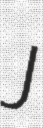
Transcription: J